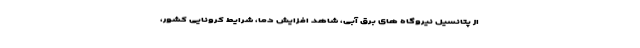
از پتانسیل نیروگاه های برق آبی، شاهد افزایش دما، شرایط کرونایی کشور،